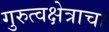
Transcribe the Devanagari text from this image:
गुरुत्वक्षेत्राचा